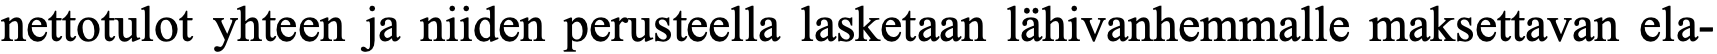
nettotulot yhteen ja niiden perusteella lasketaan lähivanhemmalle maksettavan ela-